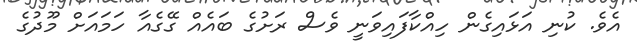
އެވެ. ކުނި އަޅައިގެން ހިއްކާފައިވަނީ ވެސް ރަށުގެ ބައެއް ގޭގެއާ ހަމައަށް މޫދުގެ